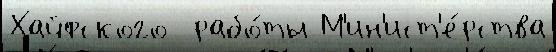
Хайфского  рабо́ты М'ин'ист'е́рства